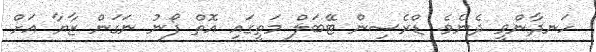
ހަނދާންވީ ދެނެވެ. ޑްރެސިން ޓޭބަލް މަތީގައި އޮތް ފޯނު ނަގަން ޒާޔާ އަށް